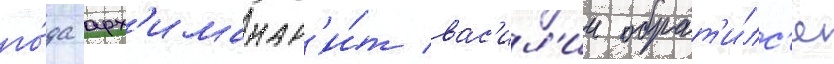
го́да арх'имандр'и́т вас'ил'ии обрат'и́лс'я